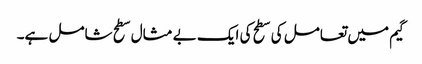
گیم میں تعامل کی سطح کی ایک بے مثال سطح شامل ہے۔